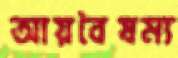
আয়বৈষম্য